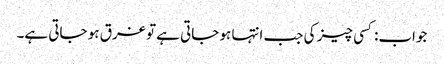
جواب:کسی چیز کی جب انتہا ہو جاتی ہے تو غرق ہو جاتی ہے۔